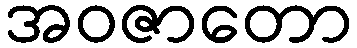
အဝဇာတော